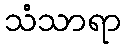
သံသာရာ